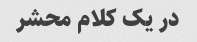
در یک کلام محشر